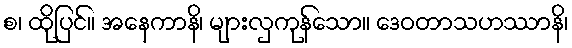
စ၊ ထိုပြင်။ အနေကာနိ၊ များလှကုန်သော။ ဒေဝတာသဟဿာနိ၊